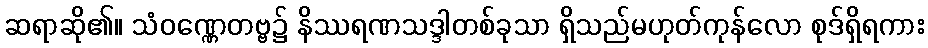
ဆရာဆို၏။ သံဝဏ္ဏေတဗ္ဗ၌ နိဿရဏသဒ္ဒါတစ်ခုသာ ရှိသည်မဟုတ်ကုန်လော စုဒ်ရှိရကား